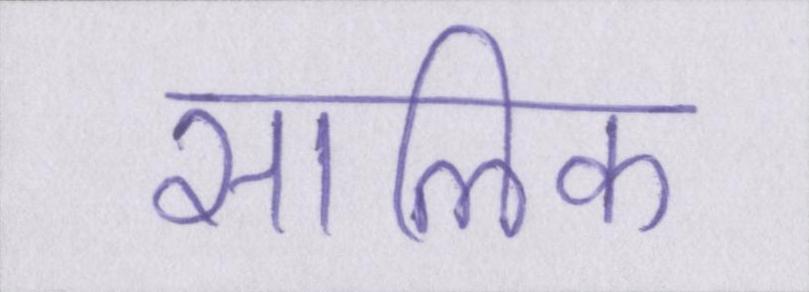
सालिक